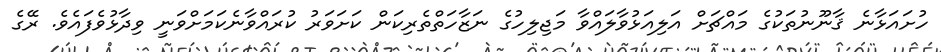
ހުށައަޅާނެ ޤާނޫނުތަކުގެ މައްޗަށް އަލިއަޅުވާލައްވާ މަޖިލިހުގެ ނަޒާހަތްތެރިކަން ކަށަވަރު ކުރައްވާނެކަމަށްވަނީ ވިދާޅުވެފައެވެ. ރޭގެ